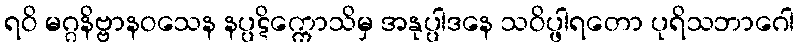
ရဝိ မဂ္ဂနိဗ္ဗာနဝသေန နပ္ပဋိက္ကောသိမှ အနုပ္ပါဒနေ သဝိပ္ဖါရတော ပုရိသဘာဂေါ